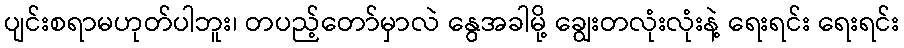
ပျင်းစရာမဟုတ်ပါဘူး၊ တပည့်တော်မှာလဲ နွေအခါမို့ ချွေးတလုံးလုံးနဲ့ ရေးရင်း ရေးရင်း